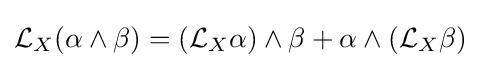
{\mathcal {L}}_{X}(\alpha \wedge \beta )=({\mathcal {L}}_{X}\alpha )\wedge \beta +\alpha \wedge ({\mathcal {L}}_{X}\beta )